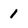
Character: 1